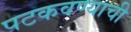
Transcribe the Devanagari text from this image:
पटकवण्याची